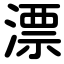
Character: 漂